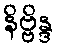
နိဗ္ဗိန္ဒ